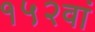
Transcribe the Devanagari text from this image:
१५२वां